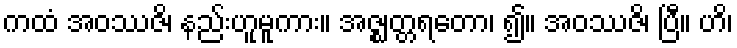
ကထံ အဝဿဇိ၊ နည်းဟူမူကား။ အဇ္ဈတ္တရတော၊ ၍။ အဝဿဇိ၊ ပြီ။ ဟိ၊